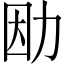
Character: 𠡛